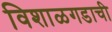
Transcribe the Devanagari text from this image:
विशाळगडाची